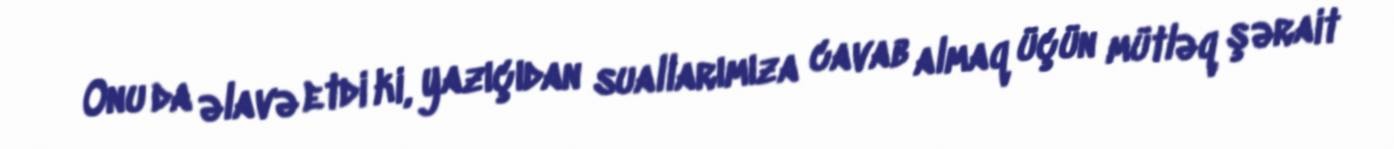
Onu da əlavə etdi ki, yazıçıdan suallarımıza cavab almaq üçün mütləq şərait